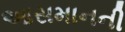
આસમાનની